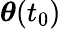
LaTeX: \boldsymbol{\theta}(t_{0})